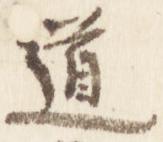
道